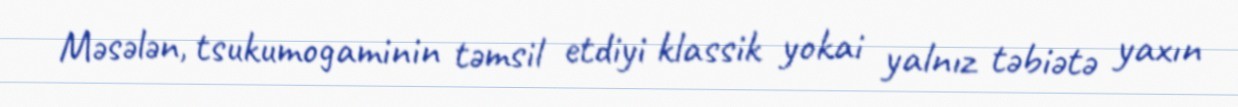
Məsələn, tsukumogaminin təmsil etdiyi klassik yokai yalnız təbiətə yaxın